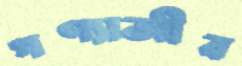
পণ্যাজীব